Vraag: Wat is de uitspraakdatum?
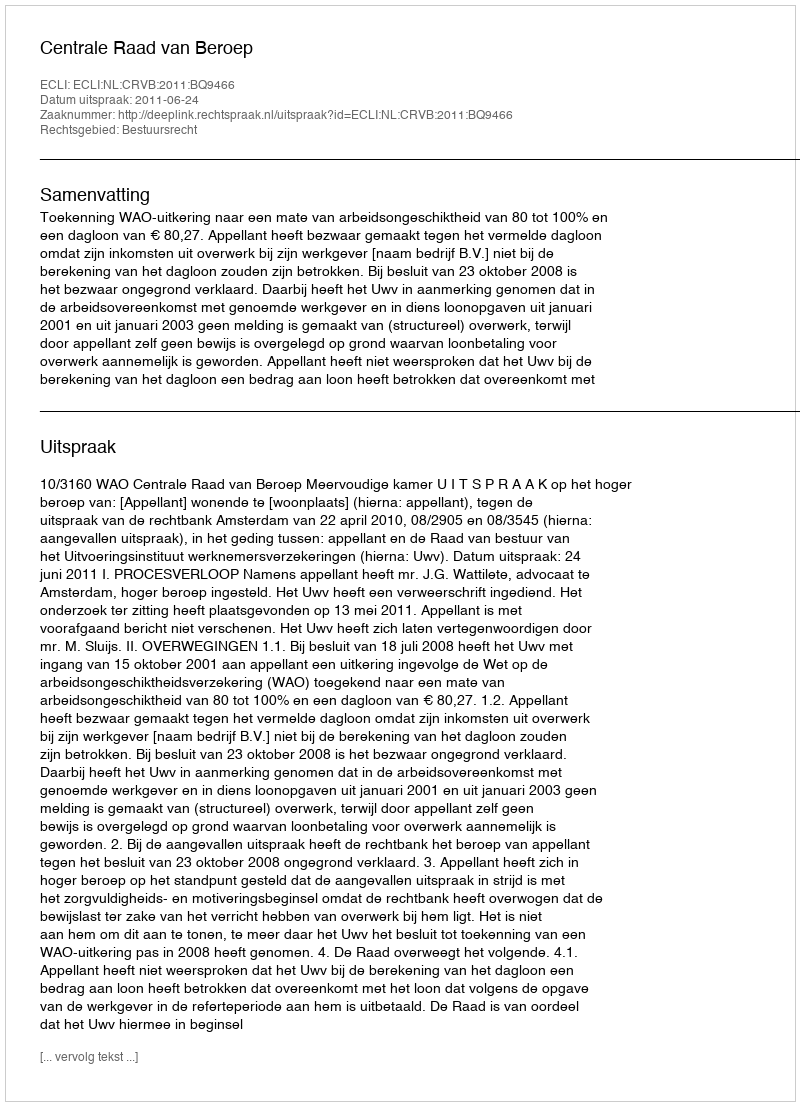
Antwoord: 2011-06-24